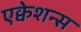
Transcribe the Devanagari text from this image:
एक्वेशन्स